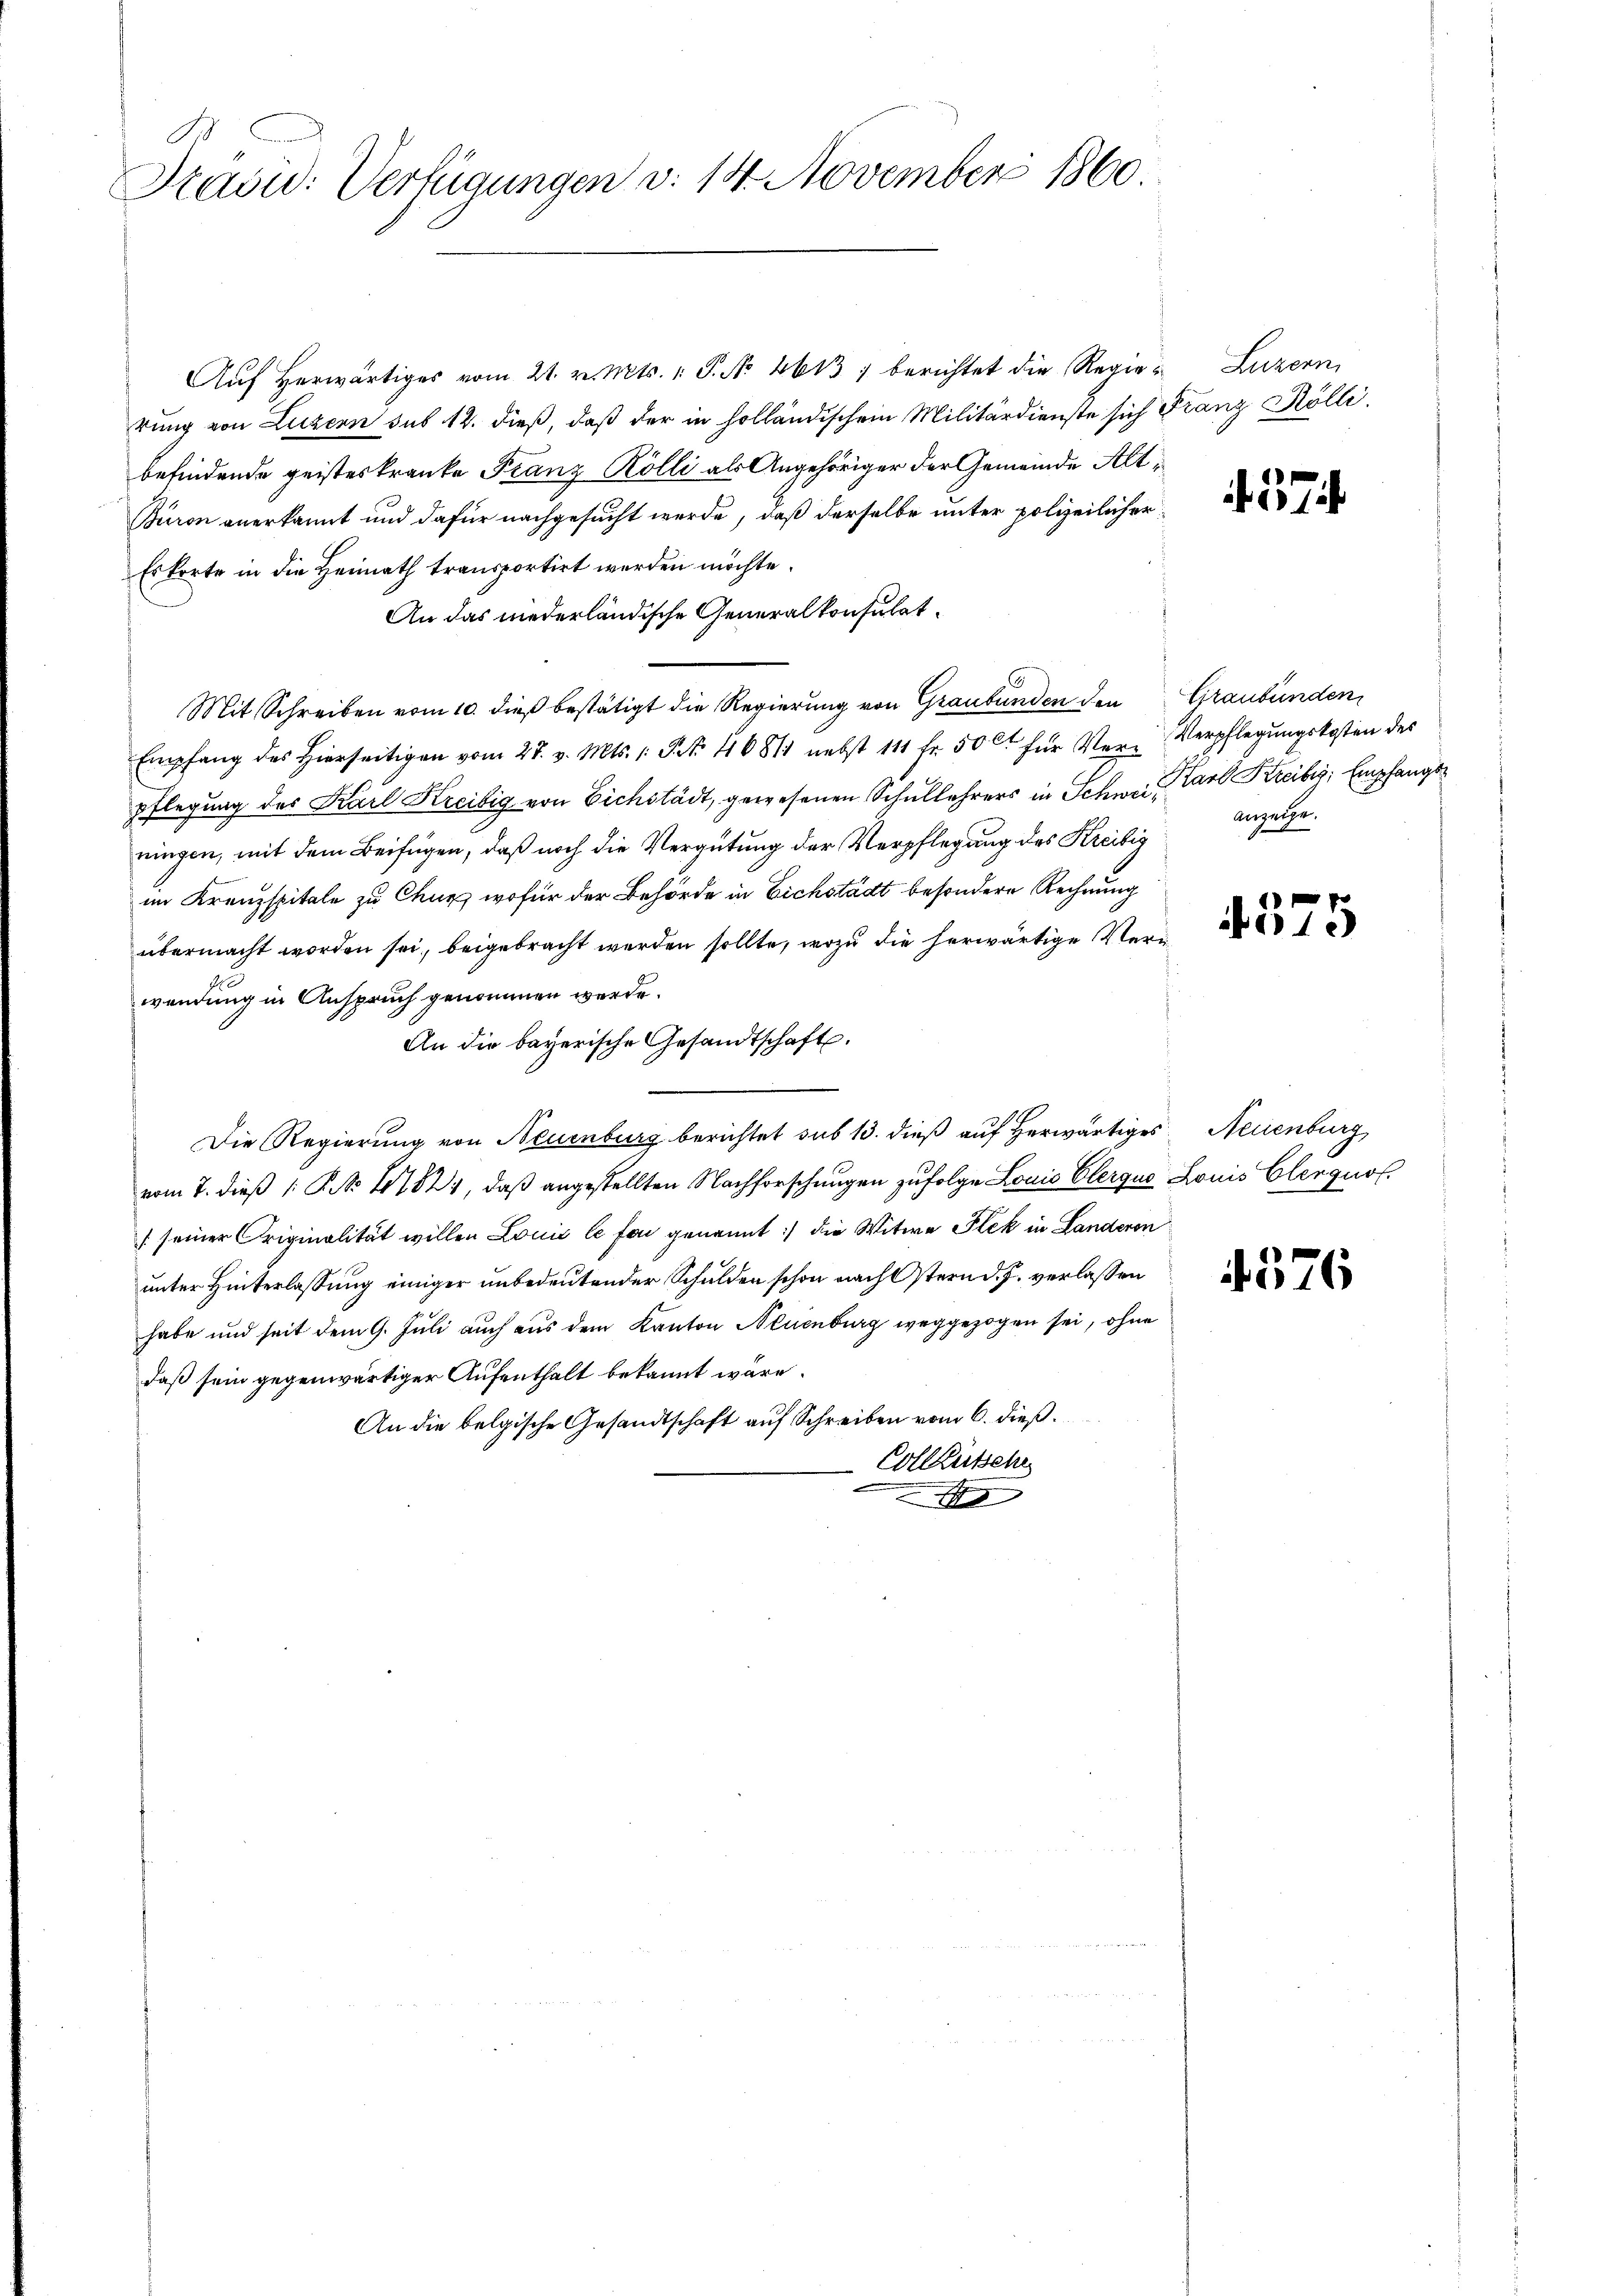
Präsid. Verfügungen v. 14. November 1860.

Aŭf herwärtiges vom 21. v. Mts. v. P. Nr. 4613 berichtet die Regie- Luzern,
rung von Luzern sub 12. dieß, daß der in holländischem Militärdienste sich Franz Kölli
befindende geisteskranke Franz Kölli als Angehöriger der Gemeinde Alt¬
Buron anerkannt und dafür nachgesucht werde, daß derselbe unter polizeilicher
Es korte in die Heimath transportirt werden möchte.
An das niederländische Generalkonsulat¬
Mit Schreiben vom 10. dieß bestätigt die Regierung von Graubünden den
Empfang des hierseitigen vom 27. v. Mts. 1. S. 46811 nebst 111 fr. 50 ct für Ver-Verpflegŭngskosten des
pflegung des Karl Kreibig von Eichstädt, gewesenen Schullehrers in Schweil, Carl Kreiber, Empfangs
ringen, mit dem Beifügen, daß noch die Vergütung der Verpflegung des Kreisig
im Kreuzspitale zu Chur, wofür der Behörde in Eichstädt besondere Rechnung
übermacht worden sei, beigebracht werden sollte, wozu die herwärtige Verwendung in Anspruch genommen werde.
An die bayerische Gesandtschaft.
Die Regierung von Neuenburg berichtet sub 13. dieß auf herwärtiges Neuenburg
vom 7. dieß (: P. Nr. 17824, daß angestellten Nachforschungen zufolge Louis Elergus Louis Clerquol.
/seiner Originalität willen Louis le fand genannt :/ die Witwe Flek in Landeren
unter Hinterlassung einiger unbedeutender Schulden schon nach Ostern d. J. verlassen
habe und seit dem 9. Juli auch aus dem Kanton Neuenburg weggezogen sei, ohne
daß sein gegenwärtiger Aufenthalt bekannt wäre.
An die belgische Gesandtschaft auf Schreiben vom 6. dieß.
Collaussehe

. 37

Graubünden
Anzeige.

4575

4576